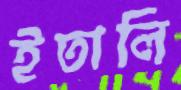
ইতালি